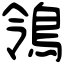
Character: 鴒